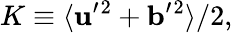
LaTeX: K\equiv\langle{{\mathbf{u}}^{\prime}{}^{2}+{\mathbf{b}}^{\prime}{}^{2}}\rangle/2,